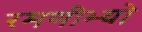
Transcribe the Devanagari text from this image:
रमणीभ्यो